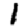
Digit: 1